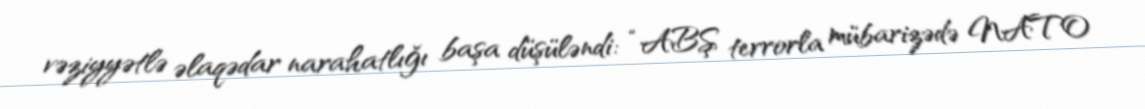
vəziyyətlə əlaqədar narahatlığı başa düşüləndi: “ABŞ terrorla mübarizədə NATO